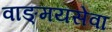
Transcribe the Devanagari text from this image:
वाङ्‌मयसेवा